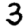
Digit: 3